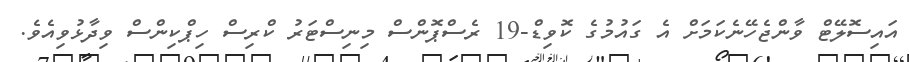
އައިސޮލޭޓް ވާންޖެހޭނެކަމަށް އެ ގައުމުގެ ކޮވިޑް-19 ރެސްޕޮންސް މިނިސްޓަރު ކްރިސް ހިޕްކިންސް ވިދާޅުވިއެވެ.